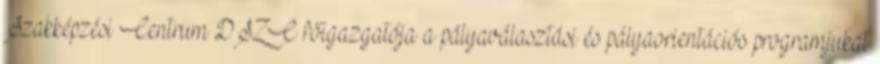
Szakképzési Centrum DSZC főigazgatója a pályaválasztási és pályaorientációs programjukat